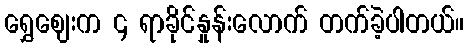
ရွှေဈေးက ၄ ရာခိုင်နှုန်းလောက် တက်ခဲ့ပါတယ်။